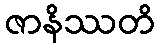
ဇာနိဿတိ